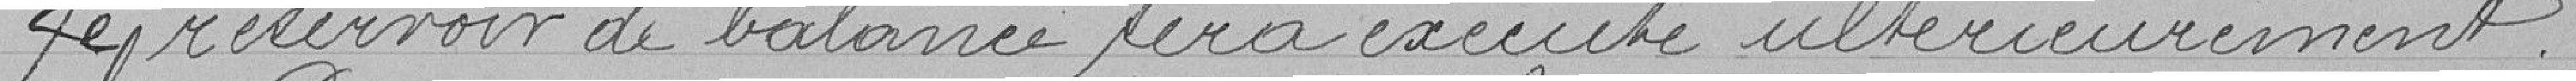
Le réservoir de balance sera exécuté ultérieurement.